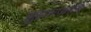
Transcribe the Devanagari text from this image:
झुंझारपणाचे